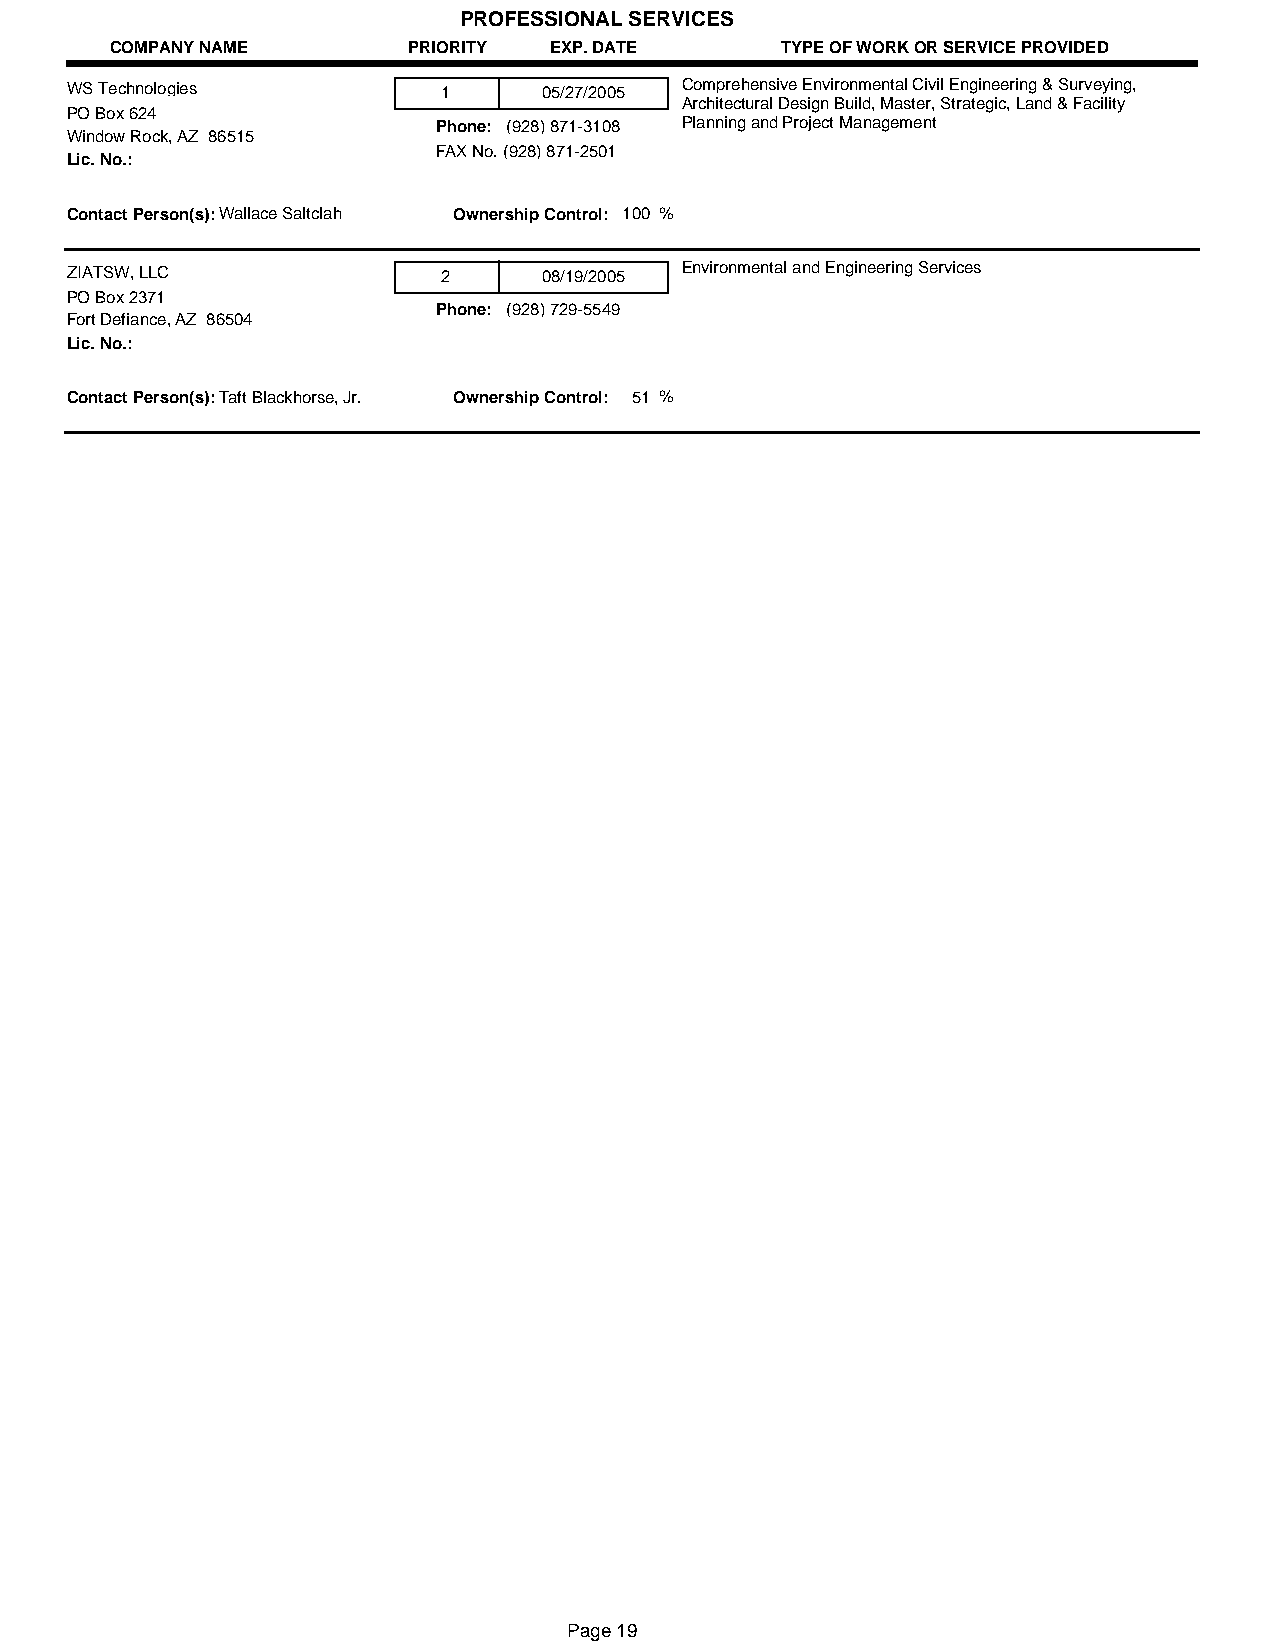
PROFESSIONAL SERVICES
 COMPANY NAME        PRIORITY EXP. DATE       TYPE OF WORK OR SERVICE PROVIDED
 WS Technologies          1      05/27/2005 Comprehensive Environmental Civil Engineering & Surveying,
 Architectural Design Build, Master, Strategic, Land & Facility
 PO Box 624
 Phone: (928) 871-3108 Planning and Project Management
 Window Rock, AZ 86515
 FAX No. (928) 871-2501
 Lic. No.:
 Contact Person(s):Wallace Saltclah Ownership Control: 100 %
 ZIATSW, LLC              2      08/19/2005 Environmental and Engineering Services
 PO Box 2371
 Phone: (928) 729-5549
 Fort Defiance, AZ 86504
 Lic. No.:
 Contact Person(s):Taft Blackhorse, Jr. Ownership Control: 51 %
 Page 19